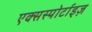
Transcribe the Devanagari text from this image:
एक्सस्पोर्टाइज़